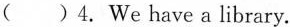
( )4. We have a library.